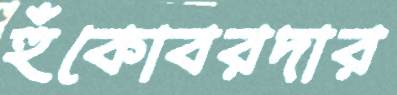
হুঁকোবরদার